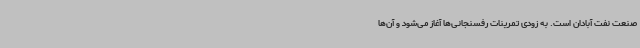
صنعت نفت آبادان است. به زودی تمرینات رفسنجانی‌ها آغاز می‌شود و آن‌ها